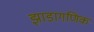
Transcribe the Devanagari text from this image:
झाडागणिक